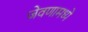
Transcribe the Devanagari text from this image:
जेवणामध्ये